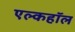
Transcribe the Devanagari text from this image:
एल्कहॉल